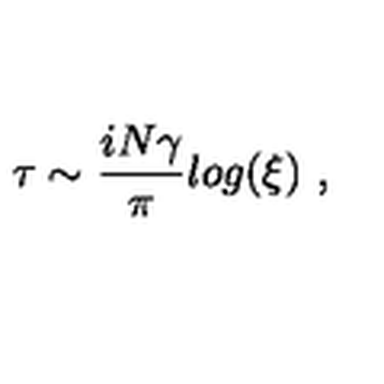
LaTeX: \tau \sim { \frac { i N \gamma } { \pi } } l o g ( \xi ) \ ,